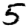
Digit: 5